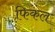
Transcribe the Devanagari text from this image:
फिकल